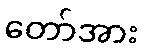
တော်အား